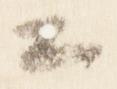
公